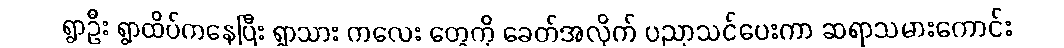
ရွာဦး ရွာထိပ်ကနေပြီး ရွာသား ကလေး တွေကို ခေတ်အလိုက် ပညာသင်ပေးကာ ဆရာသမားကောင်း